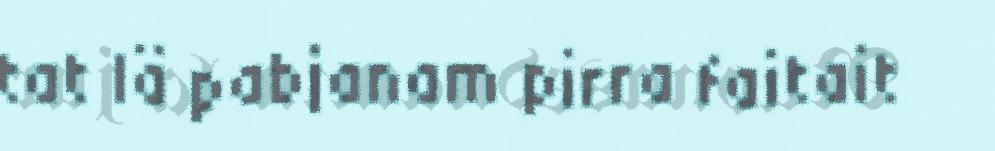
tat lä pabjanam pirra faitait